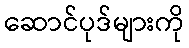
ဆောင်ပုဒ်များကို